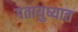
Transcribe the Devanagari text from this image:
गतायुष्यात